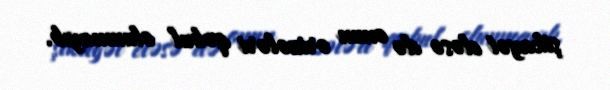
şikayət eləsə də onun ərizələri qəbul olunmayıb.